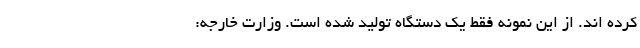
کرده اند. از این نمونه فقط یک دستگاه تولید شده است. وزارت خارجه: